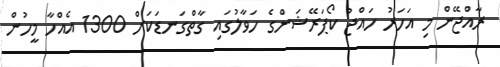
ރާއްޖޭން މި އަހަރު ހައްޖު ކޯޕަރޭޝަންގެ ހަވާލުގައި ގާތްގަނޑަކަށް 1300 އެއްހާ މީހުން